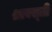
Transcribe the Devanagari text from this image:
श्रावस्‍ती